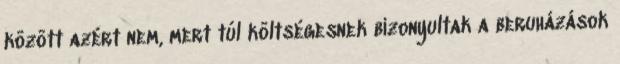
között azért nem, mert túl költségesnek bizonyultak a beruházások